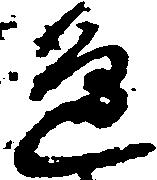
辺